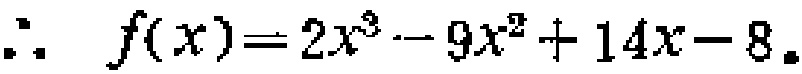
\[\therefore\ f(x)=2x^{3}-9x^{2}+14x - 8.\]